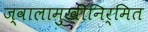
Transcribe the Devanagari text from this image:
ज्वालामुखीनिर्मित